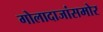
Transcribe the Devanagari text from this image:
गोलादाजांसमोर